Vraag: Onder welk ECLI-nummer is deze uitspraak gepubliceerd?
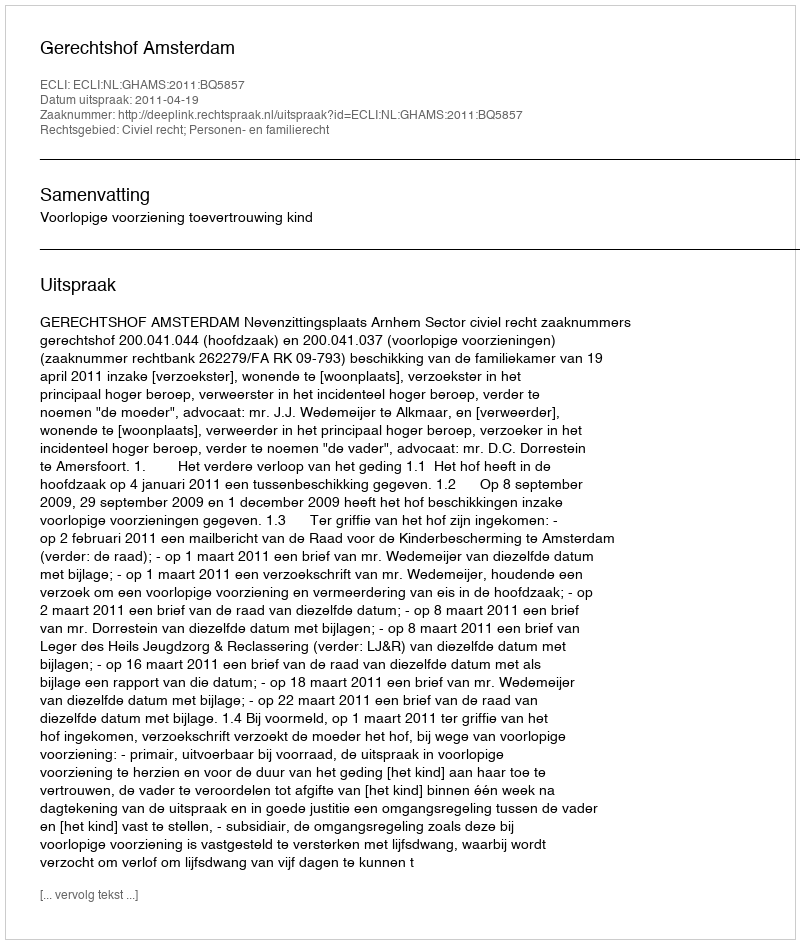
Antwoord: ECLI:NL:GHAMS:2011:BQ5857